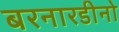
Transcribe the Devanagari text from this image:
बरनारडीनो